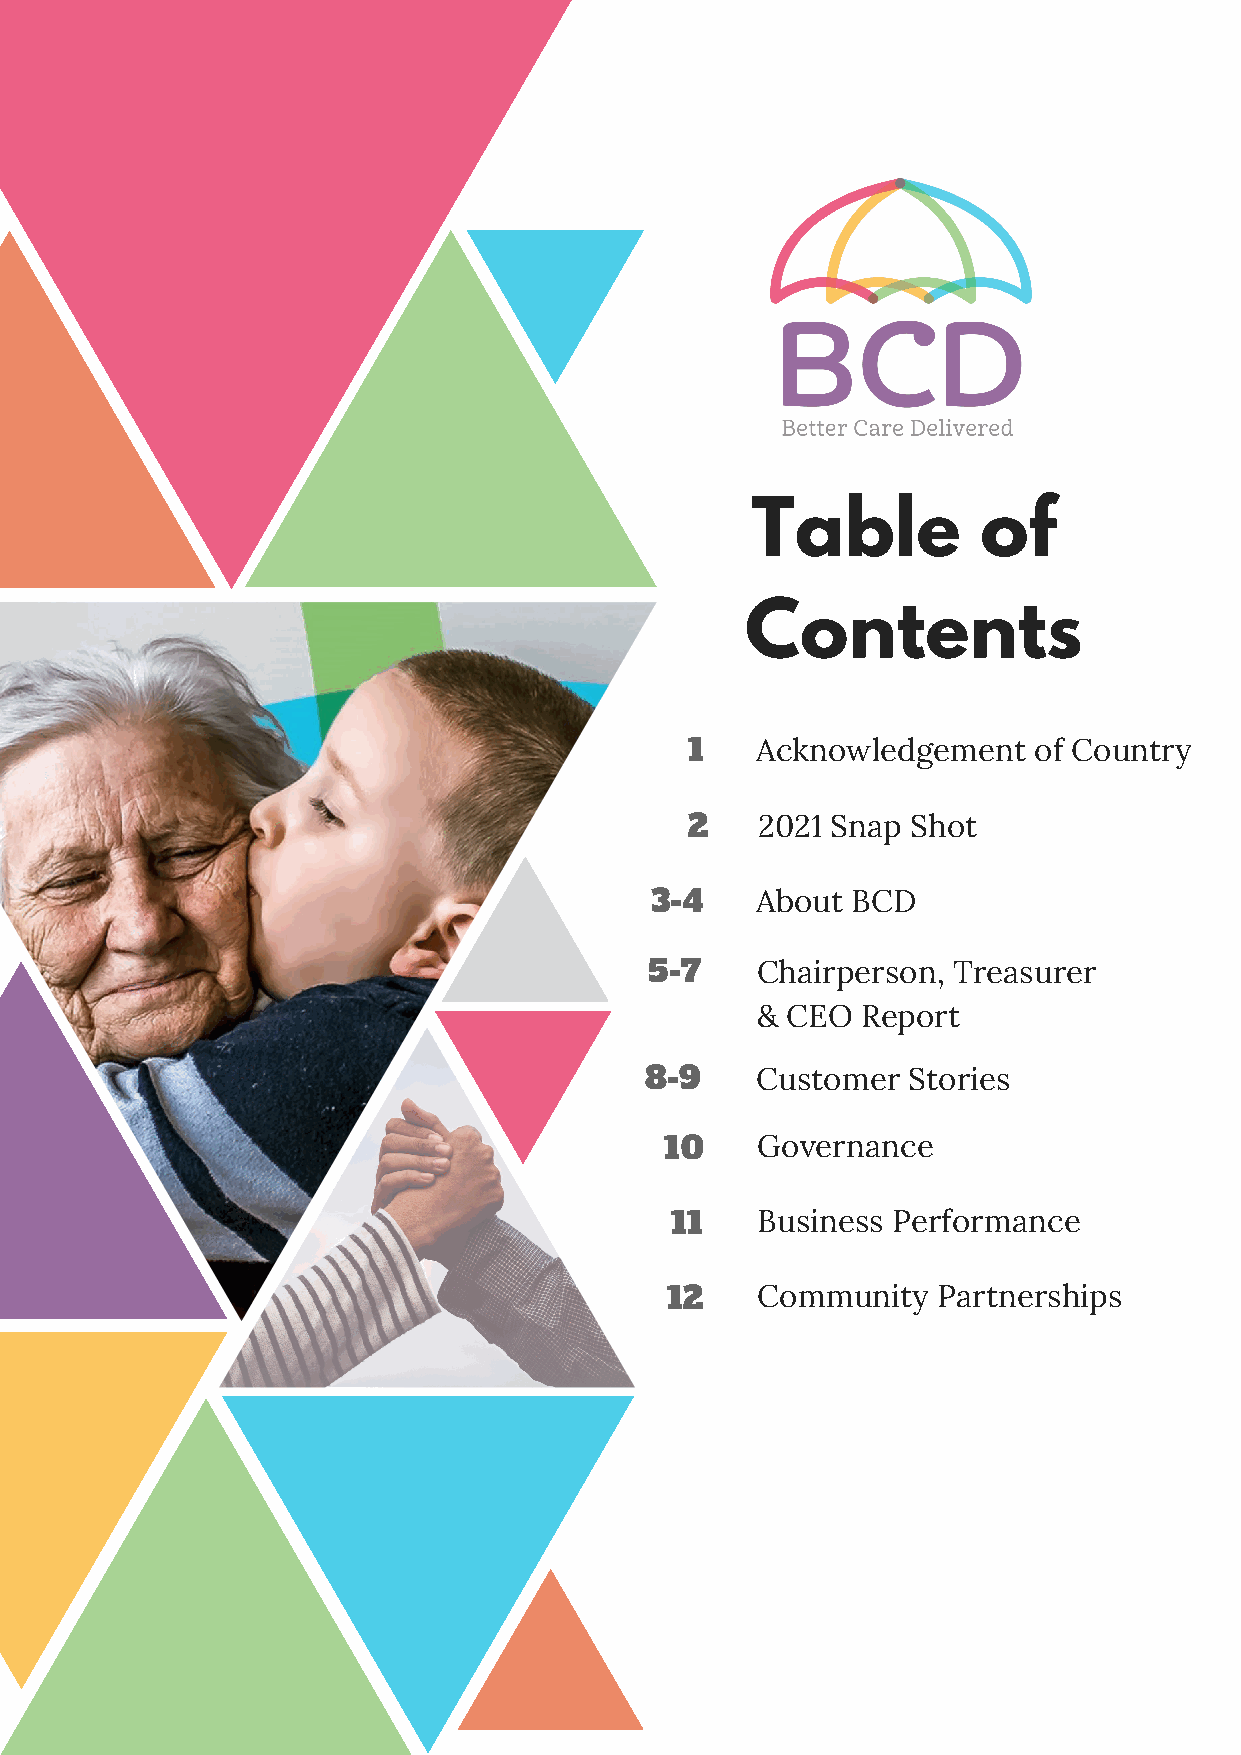
Table          of
 Contents
 1   Acknowledgement   of Country
 2   2021 Snap Shot
 3-4    About BCD
 5-7    Chairperson, Treasurer
 & CEO  Report
 8-9    Customer  Stories
 10    Governance
 11    Business Performance
 12    Community   Partnerships